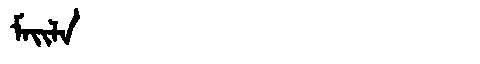
Manchu: ᠮᠠᡳᠯᠠ
Romanization: MAILA